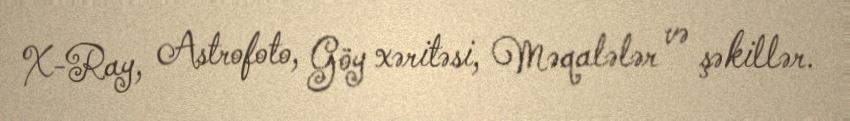
X-Ray, Astrofoto, Göy xəritəsi, Məqalələr və şəkillər.